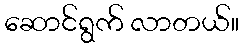
ဆောင်ရွက် လာတယ်။